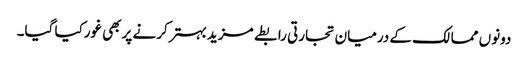
دونوں ممالک کے درمیان تجارتی رابطے مزید بہترکرنے پربھی غورکیا گیا۔